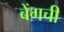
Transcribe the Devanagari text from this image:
बेंगची